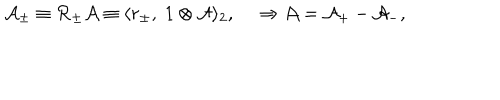
{ \cal A } _ { \pm } \equiv { \cal R } _ { \pm } { \cal A } \equiv \langle r _ { \pm } , \; 1 \otimes { \cal A } \rangle _ { 2 } , { } ~ \Rightarrow { \cal A } = { \cal A } _ { + } - { \cal A } _ { - } ,